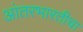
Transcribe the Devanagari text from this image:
आंतरभारतीचा